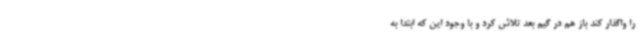
را واگذار کند باز هم در گیم بعد تلاش کرد و با وجود این که ابتدا به